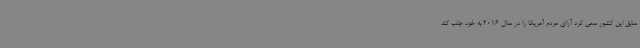
سابق این کشور سعی کرد آرای مردم آمریکا را در سال 2016 به خود جلب کند